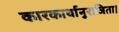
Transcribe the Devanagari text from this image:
कारकार्थानुराजिता।